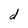
Character: d